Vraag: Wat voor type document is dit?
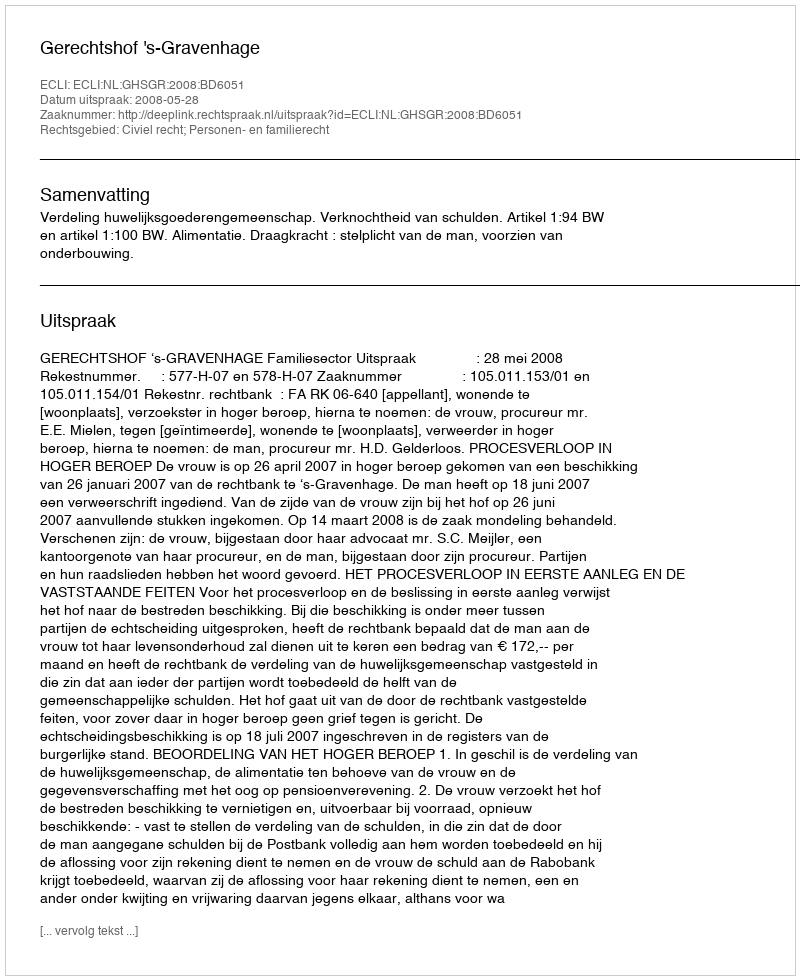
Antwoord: Uitspraak